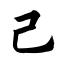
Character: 己